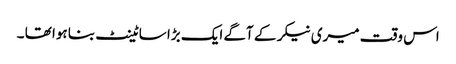
اس وقت میری نیکر کے آگے ایک بڑا سا ٹینٹ بنا ہوا تھا ۔